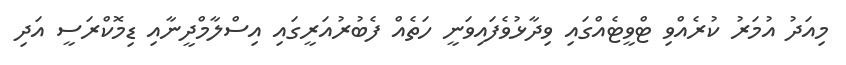
މިއަދު އުމަރު ކުރެއްވި ޓްވީޓެއްގައި ވިދާޅުވެފައިވަނީ ހަތެއް ފެބުރުއަރީގައި އިސްލާމްދީނާއި ޑިމޮކްރަސީ އަދި